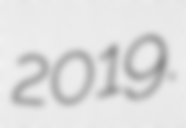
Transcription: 2019.